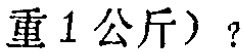
重1公斤）？